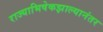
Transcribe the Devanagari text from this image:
राज्याभिषेकझाल्यानंतर